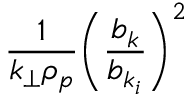
\frac { 1 } { k _ { \perp } \rho _ { p } } \bigg ( \frac { b _ { k } } { b _ { k _ { i } } } \bigg ) ^ { 2 }